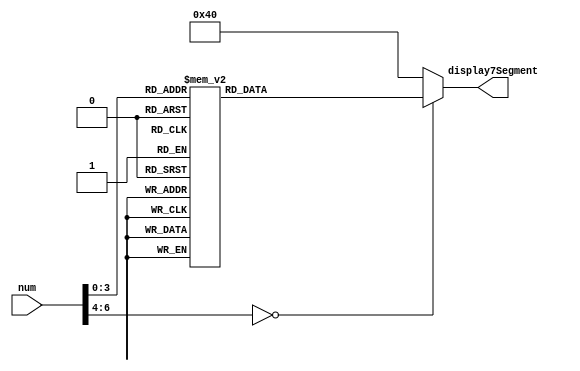
module display(
	input      [6:0] num,
	output reg [6:0] display7Segment
);

// Asignacion de bits en displays segun el numero pasado
always@(num)
begin
	casex(num)
	
	0:
		display7Segment = 7'b1000000;
	1:
		display7Segment = 7'b1111001;
	2:
		display7Segment = 7'b0100100;
	3:
		display7Segment = 7'b0110000;
	4:
		display7Segment = 7'b0011001;
	5:
		display7Segment = 7'b0010010;
	6:
		display7Segment = 7'b0000010;
	7:
		display7Segment = 7'b1111000;
	8:
		display7Segment = 7'b0000000;
	9:
		display7Segment = 7'b0010000;
	default:
		display7Segment = 7'b1000000;
	
	endcase

end
endmodule